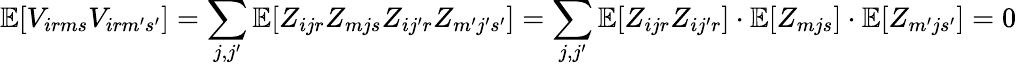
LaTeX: \mathbb{E}[V_{irms}V_{irm^{\prime}s^{\prime}}]=\sum_{j,j^{\prime}}\mathbb{E}[Z_{ijr}Z_{mjs}Z_{ij^{\prime}r}Z_{m^{\prime}j^{\prime}s^{\prime}}]=\sum_{j,j^{\prime}}\mathbb{E}[Z_{ijr}Z_{ij^{\prime}r}]\cdot\mathbb{E}[Z_{mjs}]\cdot\mathbb{E}[Z_{m^{\prime}js^{\prime}}]=0